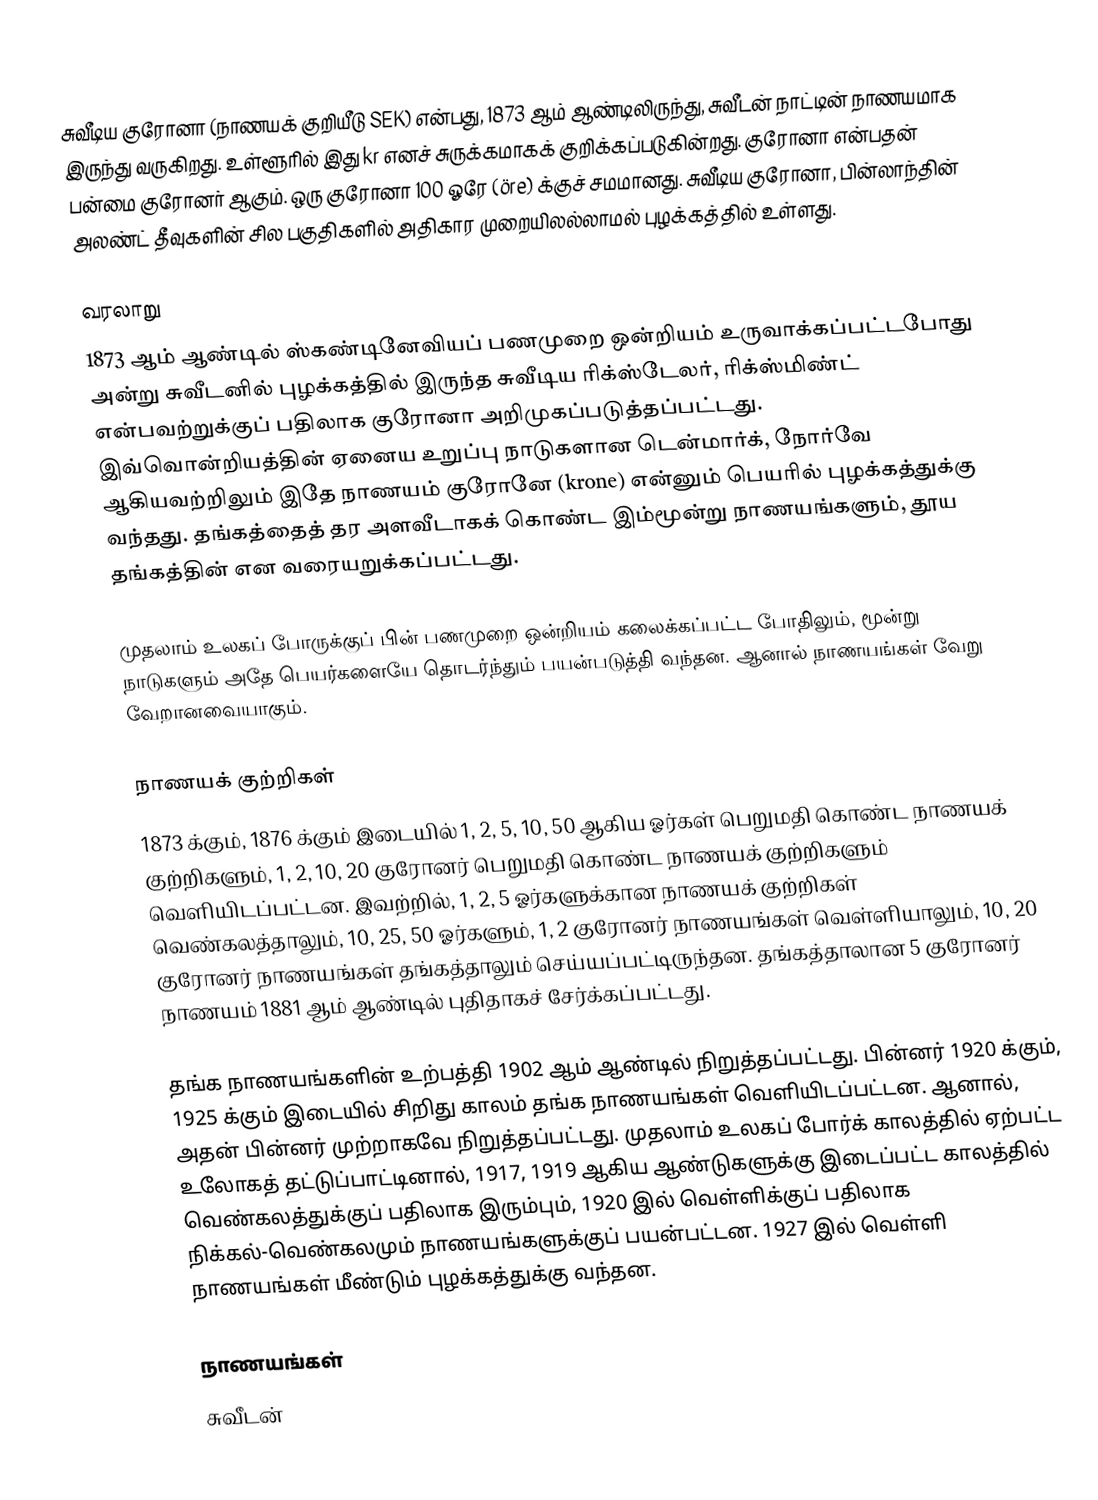
சுவீடிய குரோனா (நாணயக் குறியீடு SEK) என்பது, 1873 ஆம் ஆண்டிலிருந்து, சுவீடன் நாட்டின் நாணயமாக இருந்து வருகிறது. உள்ளூரில் இது kr எனச் சுருக்கமாகக் குறிக்கப்படுகின்றது. குரோனா என்பதன் பன்மை குரோனர் ஆகும். ஒரு குரோனா 100 ஓரே (öre) க்குச் சமமானது. சுவீடிய குரோனா, பின்லாந்தின் அலண்ட் தீவுகளின் சில பகுதிகளில் அதிகார முறையிலல்லாமல் புழக்கத்தில் உள்ளது.

வரலாறு
1873 ஆம் ஆண்டில் ஸ்கண்டினேவியப் பணமுறை ஒன்றியம் உருவாக்கப்பட்டபோது அன்று சுவீடனில் புழக்கத்தில் இருந்த சுவீடிய ரிக்ஸ்டேலர், ரிக்ஸ்மிண்ட் என்பவற்றுக்குப் பதிலாக குரோனா அறிமுகப்படுத்தப்பட்டது. இவ்வொன்றியத்தின் ஏனைய உறுப்பு நாடுகளான டென்மார்க், நோர்வே ஆகியவற்றிலும் இதே நாணயம் குரோனே (krone) என்னும் பெயரில் புழக்கத்துக்கு வந்தது. தங்கத்தைத் தர அளவீடாகக் கொண்ட இம்மூன்று நாணயங்களும், தூய தங்கத்தின்  என வரையறுக்கப்பட்டது.

முதலாம் உலகப் போருக்குப் பின் பணமுறை ஒன்றியம் கலைக்கப்பட்ட போதிலும், மூன்று நாடுகளும் அதே பெயர்களையே தொடர்ந்தும் பயன்படுத்தி வந்தன. ஆனால் நாணயங்கள் வேறு வேறானவையாகும்.

நாணயக் குற்றிகள்
1873 க்கும், 1876 க்கும் இடையில் 1, 2, 5, 10, 50 ஆகிய ஓர்கள் பெறுமதி கொண்ட நாணயக் குற்றிகளும், 1, 2, 10, 20 குரோனர் பெறுமதி கொண்ட நாணயக் குற்றிகளும் வெளியிடப்பட்டன. இவற்றில், 1, 2, 5 ஓர்களுக்கான நாணயக் குற்றிகள் வெண்கலத்தாலும், 10, 25, 50 ஓர்களும், 1, 2 குரோனர் நாணயங்கள் வெள்ளியாலும், 10, 20 குரோனர் நாணயங்கள் தங்கத்தாலும் செய்யப்பட்டிருந்தன. தங்கத்தாலான 5 குரோனர் நாணயம் 1881 ஆம் ஆண்டில் புதிதாகச் சேர்க்கப்பட்டது.

தங்க நாணயங்களின் உற்பத்தி 1902 ஆம் ஆண்டில் நிறுத்தப்பட்டது. பின்னர் 1920 க்கும், 1925 க்கும் இடையில் சிறிது காலம் தங்க நாணயங்கள் வெளியிடப்பட்டன. ஆனால், அதன் பின்னர் முற்றாகவே நிறுத்தப்பட்டது. முதலாம் உலகப் போர்க் காலத்தில் ஏற்பட்ட உலோகத் தட்டுப்பாட்டினால், 1917, 1919 ஆகிய ஆண்டுகளுக்கு இடைப்பட்ட காலத்தில் வெண்கலத்துக்குப் பதிலாக இரும்பும், 1920 இல் வெள்ளிக்குப் பதிலாக நிக்கல்-வெண்கலமும் நாணயங்களுக்குப் பயன்பட்டன. 1927 இல் வெள்ளி நாணயங்கள் மீண்டும் புழக்கத்துக்கு வந்தன.

நாணயங்கள்
சுவீடன்